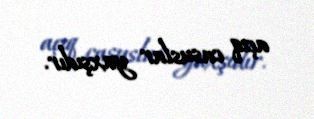
açıq casuslar yaxşıdır.